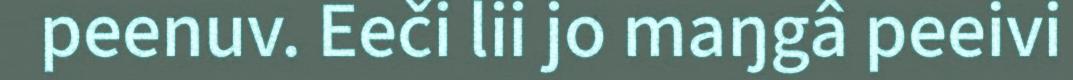
peenuv. Eeči lii jo maŋgâ peeivi